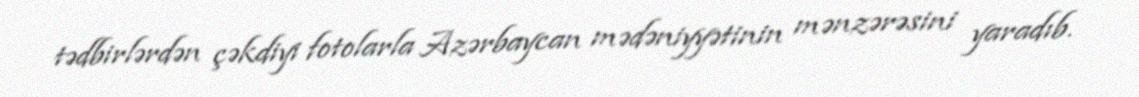
tədbirlərdən çəkdiyi fotolarla Azərbaycan mədəniyyətinin mənzərəsini yaradıb.